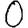
Digit: 0